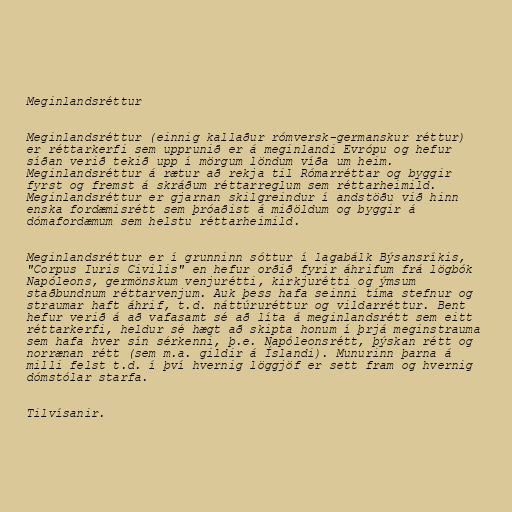
Meginlandsréttur

Meginlandsréttur (einnig kallaður rómversk-germanskur réttur)
er réttarkerfi sem upprunið er á meginlandi Evrópu og hefur
síðan verið tekið upp í mörgum löndum víða um heim.
Meginlandsréttur á rætur að rekja til Rómarréttar og byggir
fyrst og fremst á skráðum réttarreglum sem réttarheimild.
Meginlandsréttur er gjarnan skilgreindur í andstöðu við hinn
enska fordæmisrétt sem þróaðist á miðöldum og byggir á
dómafordæmum sem helstu réttarheimild.

Meginlandsréttur er í grunninn sóttur í lagabálk Býsansríkis,
"Corpus Iuris Civilis" en hefur orðið fyrir áhrifum frá lögbók
Napóleons, germönskum venjurétti, kirkjurétti og ýmsum
staðbundnum réttarvenjum. Auk þess hafa seinni tíma stefnur og
straumar haft áhrif, t.d. náttúruréttur og vildarréttur. Bent
hefur verið á að vafasamt sé að líta á meginlandsrétt sem eitt
réttarkerfi, heldur sé hægt að skipta honum í þrjá meginstrauma
sem hafa hver sín sérkenni, þ.e. Napóleonsrétt, þýskan rétt og
norrænan rétt (sem m.a. gildir á Íslandi). Munurinn þarna á
milli felst t.d. í því hvernig löggjöf er sett fram og hvernig
dómstólar starfa.

Tilvísanir.